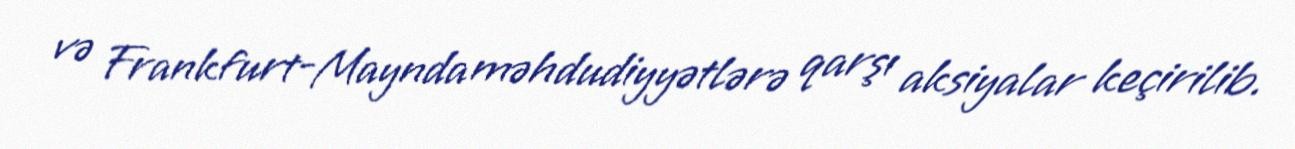
və Frankfurt-Maynda məhdudiyyətlərə qarşı aksiyalar keçirilib.